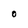
Character: O